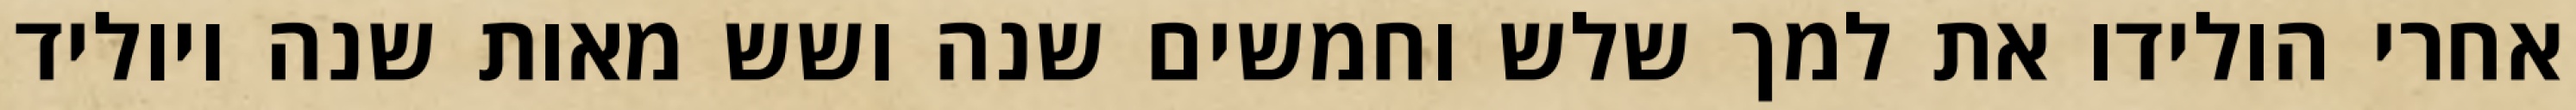
אחרי הולידו את למך שלש וחמשים שנה ושש מאות שנה ויוליד